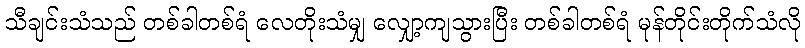
သီချင်းသံသည် တစ်ခါတစ်ရံ လေတိုးသံမျှ လျှော့ကျသွားပြီး တစ်ခါတစ်ရံ မုန်တိုင်းတိုက်သံလို